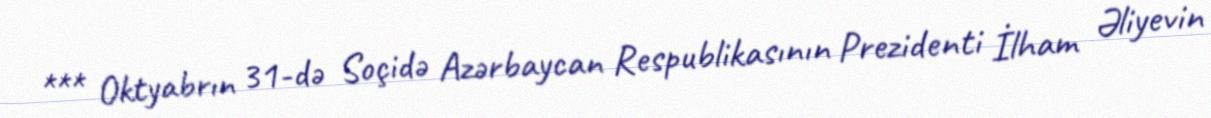
*** Oktyabrın 31-də Soçidə Azərbaycan Respublikasının Prezidenti İlham Əliyevin